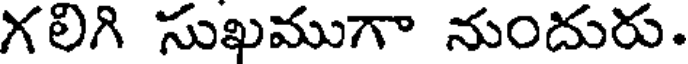
గలిగి సుఖముగా నుందురు.